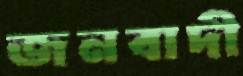
জনবাদী